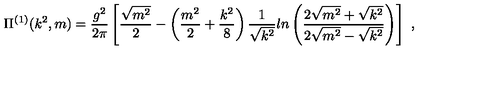
\Pi ^ { ( 1 ) } ( k ^ { 2 } , m ) = \frac { g ^ { 2 } } { 2 \pi } \left[ \frac { \sqrt { m ^ { 2 } } } { 2 } - \left( \frac { m ^ { 2 } } { 2 } + \frac { k ^ { 2 } } { 8 } \right) \frac { 1 } { \sqrt { k ^ { 2 } } } l n \left( \frac { 2 \sqrt { m ^ { 2 } } + \sqrt { k ^ { 2 } } } { 2 \sqrt { m ^ { 2 } } - \sqrt { k ^ { 2 } } } \right) \right] \ ,